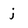
Character: j